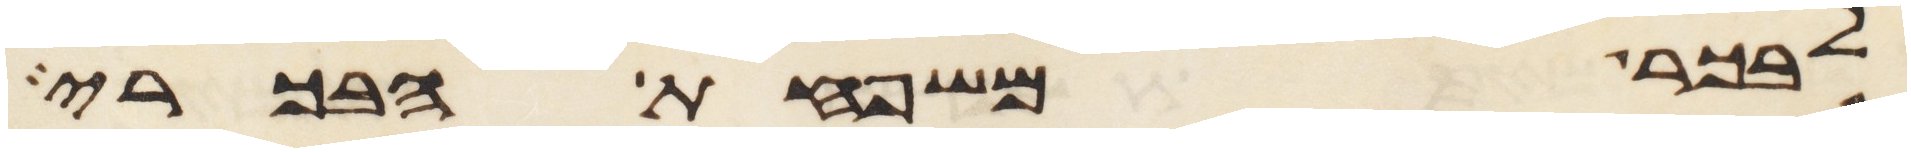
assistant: לבכר משפחת הבכרי